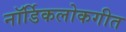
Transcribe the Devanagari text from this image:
नॉर्डिकलोकगीत